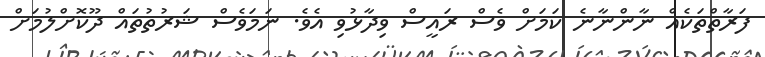
ފަރާތްތަކެއް ނާންނާނެ ކަމަށް ވެސް ރައީސް ވިދާޅުވި އެވެ. ނަމަވެސް ޝަރުތުތައް ދޫކޮށްލުމަށް